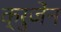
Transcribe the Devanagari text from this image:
क्रुजेंन